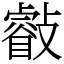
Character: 㪫